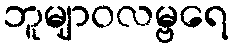
ဘူမျာဝလမ္ဗရေ